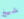
شيخ